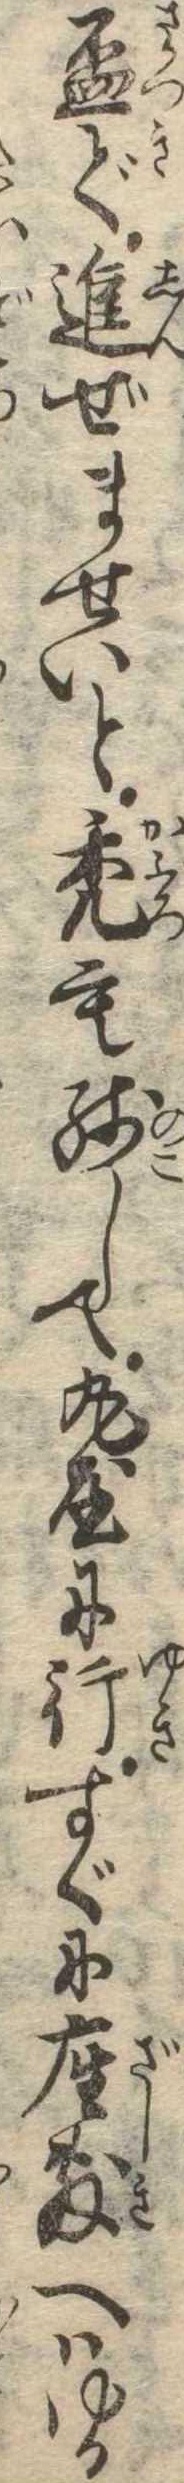
杯で進ぜませいと禿も残して丸屋に行すぐに座敷へはゆか